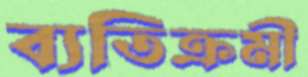
ব্যতিক্রমী